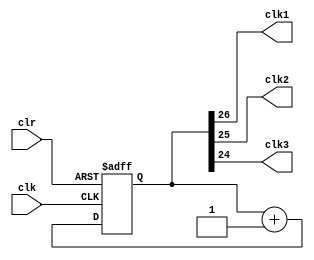
`timescale 1ns / 1ps
//////////////////////////////////////////////////////////////////////////////////
// Company: 
// Engineer: 
// 
// Design Name: 
// Module Name:    clkdiv 
// Project Name: 
// Target Devices: 
// Tool versions: 
// Description: 
//
// Dependencies: 
//
// Revision: 
// Revision 0.01 - File Created
// Additional Comments: 
//
//////////////////////////////////////////////////////////////////////////////////
module clkdiv( input clk, clr, output
clk1, clk2, clk3 );
reg [26:0] q;
// 27-bit counter
always @(posedge clk or posedge clr)
begin
if(clr == 1)
q <= 0;
else
q <= q + 1;
end
assign clk1 = q[26]; // ~0.75 Hz
assign clk2 = q[25]; // ~1.5
assign clk3 = q[24]; // ~3 Hz
endmodule